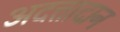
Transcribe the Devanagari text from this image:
अदत्तादान